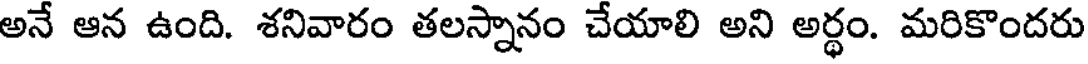
అనే ఆన ఉంది. శనివారం తలస్నానం చేయాలి అని అర్థం. మరికొందరు